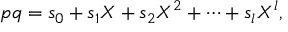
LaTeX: p q = s _ { 0 } + s _ { 1 } X + s _ { 2 } X ^ { 2 } + \cdots + s _ { l } X ^ { l } ,